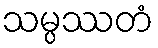
သမ္ပဿတံ